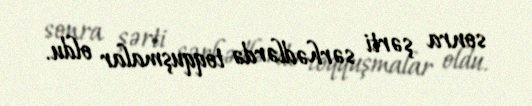
sonra şərti sərhədlərdə toqquşmalar oldu.